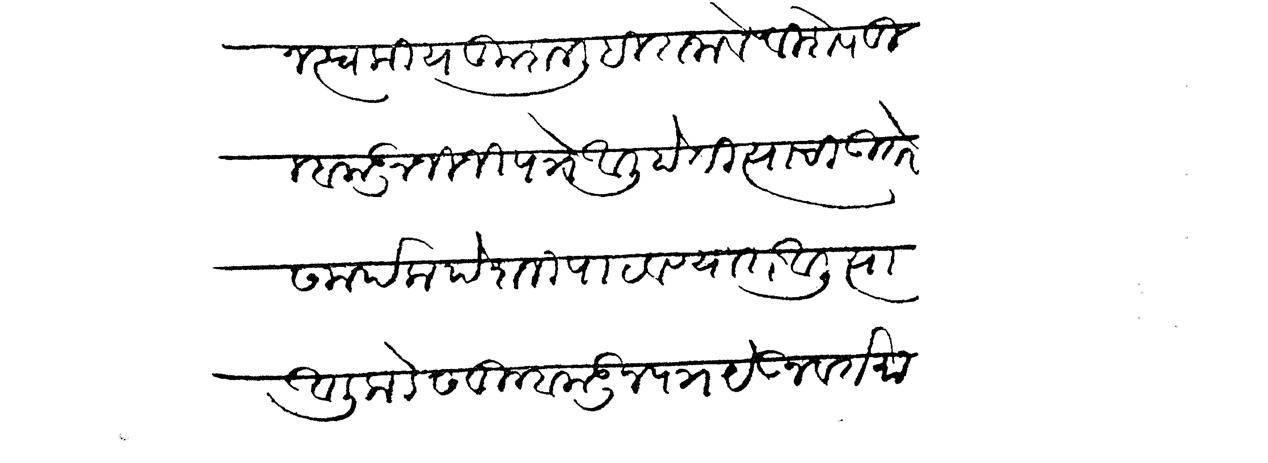
Transliteration (Devanagari): न स्वकीय कुशल लिहित जावे विशेष तुम्हाकडून जी जी पत्रे आली होती त्याची उत्तर समर्पक पेशजी पाठवण्यात आली त्या आलीकडेस तम्हाकडन पत्र येऊन वर्तमा